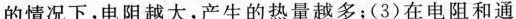
的情况下，电阻越大，产生的热量越多；(3)在电阻和通